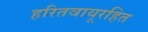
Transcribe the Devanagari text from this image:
हरितवायूरहित